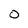
Character: 0